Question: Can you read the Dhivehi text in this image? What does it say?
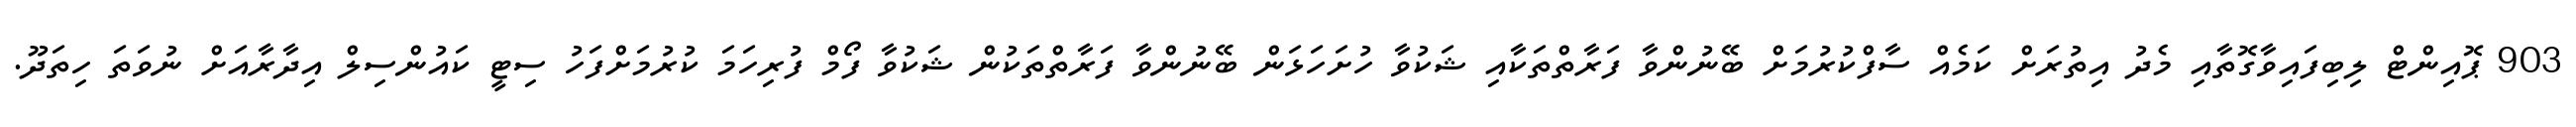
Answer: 903 ޕޮއިންޓް ލިބިފައިވާގޮތާއި މެދު އިތުރަށް ކަމެއް ސާފްކުރުމަށް ބޭނުންވާ ފަރާތްތަކާއި ޝަކުވާ ހުށަހަޅަން ބޭނުންވާ ފަރާތްތަކުން ޝަކުވާ ފޯމް ފުރިހަމަ ކުރުމަށްފަހު ސިޓީ ކައުންސިލް އިދާރާއަށް ނުވަތަ ހިތަދޫ.